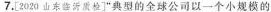
7.[2020山东临沂质检]”典型的全球公司以一个小规模的